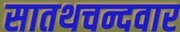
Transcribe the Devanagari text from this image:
सातथचन्दवार